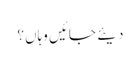
دیئے جائیں وہاں؟